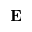
\mathbf { E }